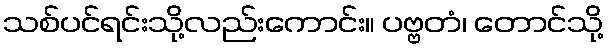
သစ်ပင်ရင်းသို့လည်းကောင်း။ ပဗ္ဗတံ၊ တောင်သို့